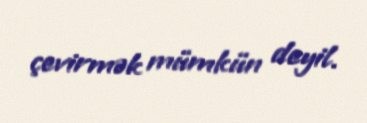
çevirmək mümkün deyil.